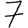
Digit: 7